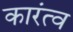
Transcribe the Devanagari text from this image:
कारंत्व